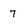
Character: 7